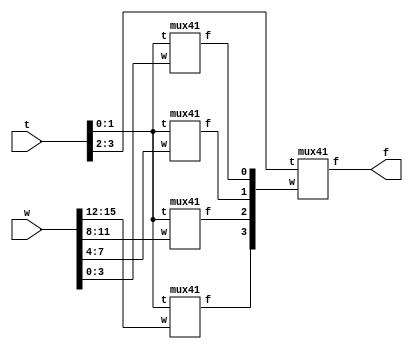
module prog2(w, t, f);
input [15:0]w;
input [3:0]t;
output f;
wire [3:0]m;
mux41 m0(w[15:12], t[1:0], m[3]);
mux41 m1(w[11:8], t[1:0], m[2]);
mux41 m2(w[7:4], t[1:0], m[1]);
mux41 m3(w[3:0], t[1:0], m[0]);
mux41 m4(m[3:0], t[3:2], f);
endmodule

module mux41(w, t, f);
input [3:0]w;
input [1:0]t;
output f;
reg f;
always @(w or t)
f=t[1]?(t[0]?w[3]:w[2]):(t[0]?w[1]:w[0]);
endmodule